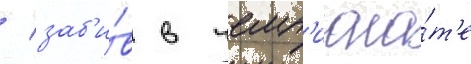
/ заб'и́в в чемп'иона́т'е